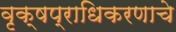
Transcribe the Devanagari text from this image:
वृक्षप्राधिकरणाचे